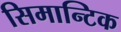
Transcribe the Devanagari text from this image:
सिमान्टिक